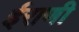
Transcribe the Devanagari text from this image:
ईराणी